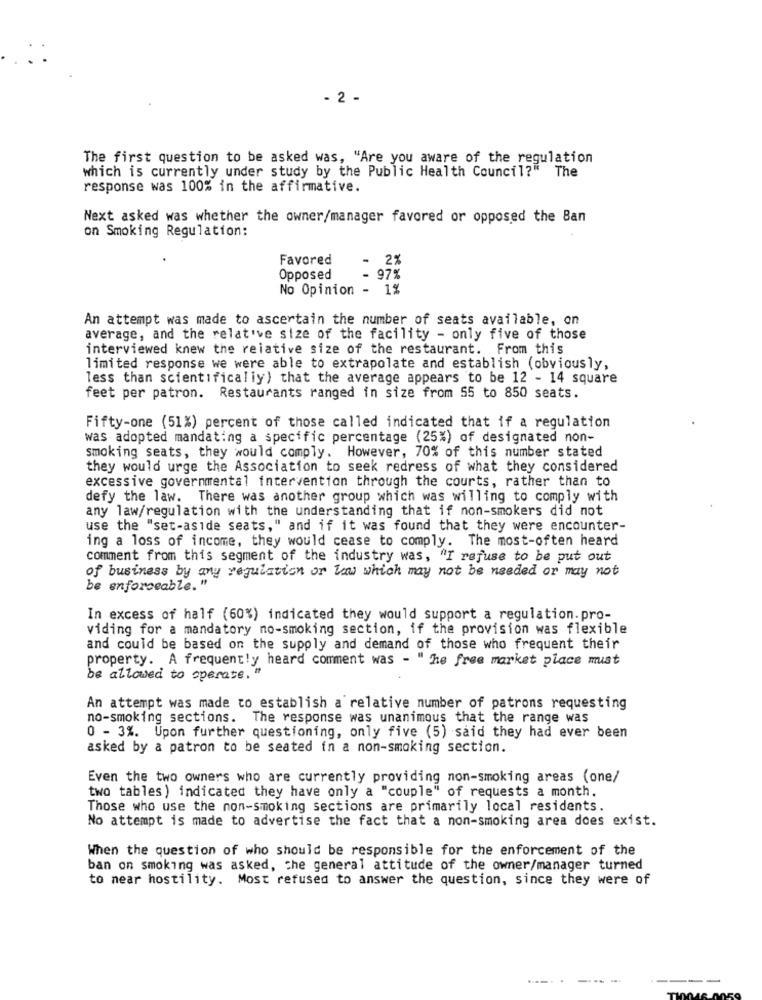
- 2 -
The first question to be asked was, "Are you aware of the regulation
which is currently under study by the Public Health Council?" The
response was 100% in the affirmative.
Next asked was whether the owner/manager favored or opposed the Ban
on Smoking Regulation:
Favored
- 2%
Opposed
- 97%
No Opinion - 1%
An attempt was made to ascertain the number of seats available, on
average, and the relative size of the facility - only five of those
interviewed knew the relative size of the restaurant. From this
limited response we were able to extrapolate and establish (obviously,
less than scientifically) that the average appears to be 12 - 14 square
feet per patron. Restaurants ranged in size from 55 to 850 seats.
Fifty-one (51%) percent of those called indicated that if a regulation
was adopted mandating a specific percentage (25%) of designated non-
smoking seats, they would comply. However, 70% of this number stated
they would urge the Association to seek redress of what they considered
excessive governmental intervention through the courts, rather than to
defy the law. There was another group which was willing to comply with
any law/regulation with the understanding that if non-smokers did not
use the "set-aside seats," and if it was found that they were encounter-
ing a loss of income, they would cease to comply. The most-often heard
comment from this segment of the industry was, "I refuse to be put out
of business by any regulation or how which may not be needed or may not
be enforceable."
In excess of half (60%) indicated they would support a regulation.pro-
viding for a mandatory no-smoking section, if the provision was flexible
and could be based on the supply and demand of those who frequent their
property. A frequently heard comment was - " he free market place must
be allowed to operate. "
An attempt was made to establish a relative number of patrons requesting
no-smoking sections. The response was unanimous that the range was
0 - 3%. Upon further questioning, only five (5) said they had ever been
asked by a patron to be seated in a non-smoking section.
Even the two owners who are currently providing non-smoking areas (one/
two tables) indicated they have only a "couple" of requests a month
Those who use the non-smoking sections are primarily local residents.
No attempt is made to advertise the fact that a non-smoking area does exist.
When the question of who should be responsible for the enforcement of the
ban on smoking was asked, che general attitude of the owner/manager turned
to near hostility. Most refused to answer the question, since they were of